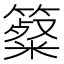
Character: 𥴷